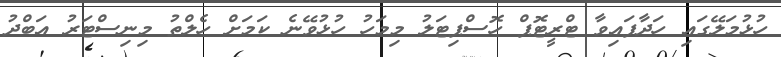
ހުޅުމަލޭގައި ހަދާފައިވާ ޓްރީޓޮޕް ހޮސްޕިޓަލު މިމަހު ހުޅުވޭނެ ކަމަށް ހެލްތު މިނިސްޓަރު އަބްދު